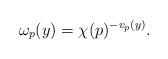
LaTeX: \begin{align*}\omega_{p}(y)=\chi(p)^{-v_{p}(y)}.\end{align*}